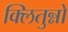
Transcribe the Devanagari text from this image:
क्लितुन्नो